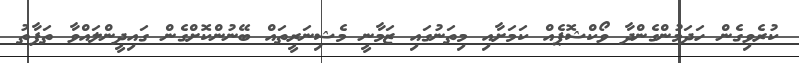
ކުރެވިގެން ހަދަމުންގެންދާ ވޯކްޝޮޕެއް ކަމަށާއި މިތަނުގައި ޒަމާނީ މެޝިނަރީތައް ބޭނުންކޮށްގެން ގައިދީންލައްވާ ތަފާތު